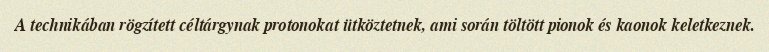
A technikában rögzített céltárgynak protonokat ütköztetnek, ami során töltött pionok és kaonok keletkeznek.